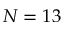
N = 1 3